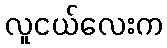
လူငယ်လေးက